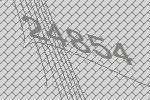
24854